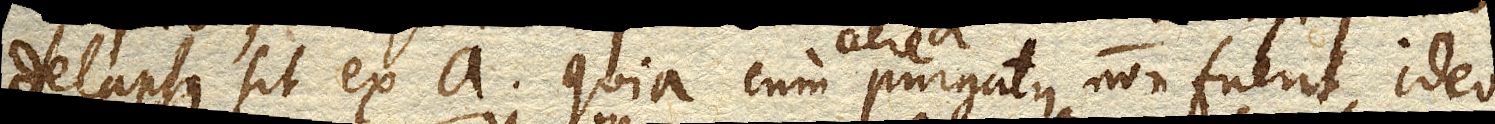
delapsus sit ex a. quia cum aere purgatus non fuerit, ideo